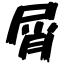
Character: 屑